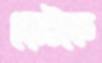
ছোটকে